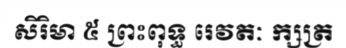
សិរិមា ៥ ព្រះពុទ្ធ រេវតៈ ក្សត្រ